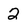
Character: 2